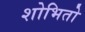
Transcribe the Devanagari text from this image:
शोभितो